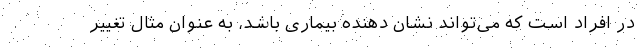
در افراد است که می‌تواند نشان دهنده بیماری باشد، به عنوان مثال تغییر